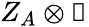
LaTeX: Z_{A}\otimes\mathbb{1}